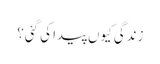
زندگی کیوں پیدا کی گئی؟